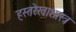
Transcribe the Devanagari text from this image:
हस्तरेखाशास्त्र